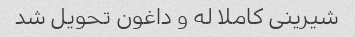
شیرینی کاملا له و داغون تحویل شد